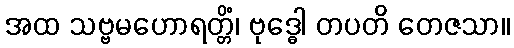
အထ သဗ္ဗမဟောရတ္တိံ၊ ဗုဒ္ဓေါ တပတိ တေဇသာ။